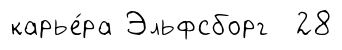
карье́ра Эльфсборг 28